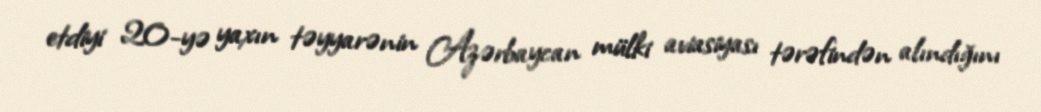
etdiyi 20-yə yaxın təyyarənin Azərbaycan mülki aviasiyası tərəfindən alındığını